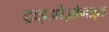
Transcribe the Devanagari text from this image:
ट्राइओज़ोनाइड